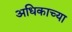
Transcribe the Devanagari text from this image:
अधिकाच्या